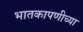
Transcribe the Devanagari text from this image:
भातकापणीच्या